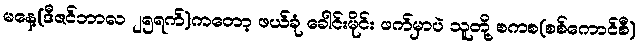
မနေ့(ဒီဇင်ဘာလ ၂၅ရက်)ကတော့ ဖယ်ခုံ ခေါင်းမိုင်း ဖက်မှာပဲ သူတို့ စကစ(စစ်ကောင်စီ)